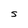
Character: S